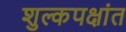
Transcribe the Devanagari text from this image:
शुल्कपक्षांत